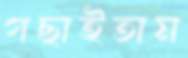
গছাইতাম